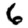
Digit: 6